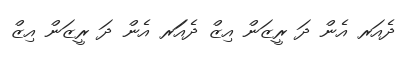
ދެއަރ އެން ދަ ރީޒަަން އިޒް ދެއަަރ އެން ދަ ރީޒަން އިޒް